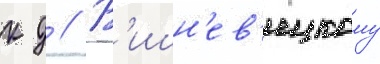
к д // В'ишн'ев'ецкому